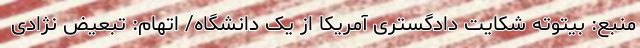
منبع: بیتوته شکایت دادگستری آمریکا از یک دانشگاه/ اتهام: تبعیض نژادی